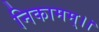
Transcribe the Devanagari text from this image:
निकामम्।।